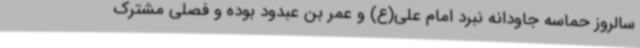
سالروز حماسه جاودانه نبرد امام علی(ع) و عمر بن عبدود بوده و فصلی مشترک